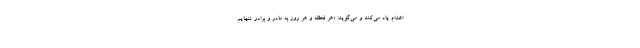
اعدام یاد می‌کند و می‌گوید: «هر لحظه و هر روز به مادر و برادر تنهایم